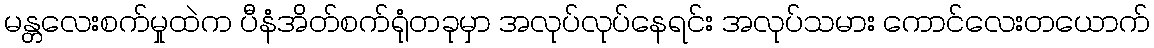
မန္တလေးစက်မှုထဲက ပီနံအိတ်စက်ရုံတခုမှာ အလုပ်လုပ်နေရင်း အလုပ်သမား ကောင်လေးတယောက်